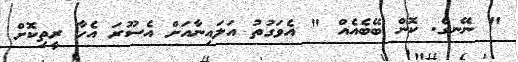
" ނޭނގެ. ކޮން ބޭބެއެއް " އެވަގުތު އަލައިނާއަށް އެސޫރަ އެހާ ރީތިކޮށް